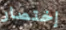
إختصار